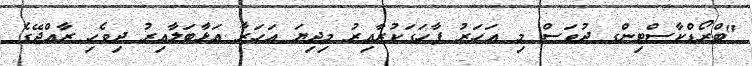
"ބްރޯޑްކާސްޓިންގ ދުވަސް މި އަހަރު ފާހަގަކުރާއިރު މިދިޔަ އަހަރާ އަޅާބަލާއިރު ދިވެހި ރާއްޖޭގެ